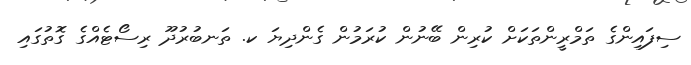
ސިފައިންގެ ތަމްރީންތަކަށް ކުރިން ބޭނުން ކުރަމުން ގެންދިޔަ ކ. ތަނބުރުދޫ ރިސޯޓެއްގެ ގޮތުގައި